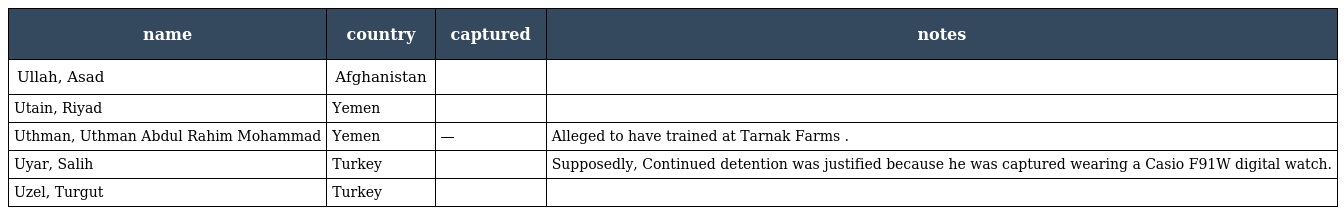
| name | country | captured | notes |
 | --- | --- | --- | --- |
 | Ullah, Asad | Afghanistan |  |  |
 | Utain, Riyad | Yemen |  |  |
 | Uthman, Uthman Abdul Rahim Mohammad | Yemen | — | Alleged to have trained at Tarnak Farms . |
 | Uyar, Salih | Turkey |  | Supposedly, Continued detention was justified because he was captured wearing a Casio F91W digital watch. |
 | Uzel, Turgut | Turkey |  |  |